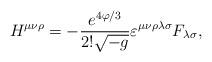
LaTeX: \begin{align*}H^{\mu\nu\rho}=-{e^{4\varphi/3}\over{2!\sqrt{-g}}}\varepsilon^{\mu\nu\rho\lambda\sigma}F_{\lambda\sigma},\end{align*}